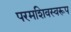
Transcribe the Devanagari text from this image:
परमशिवस्वरूप